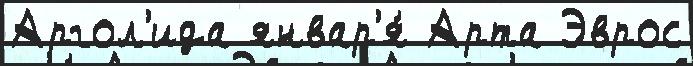
Аргол'ида январ'я́ Арта Эврос